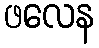
ဖလေန